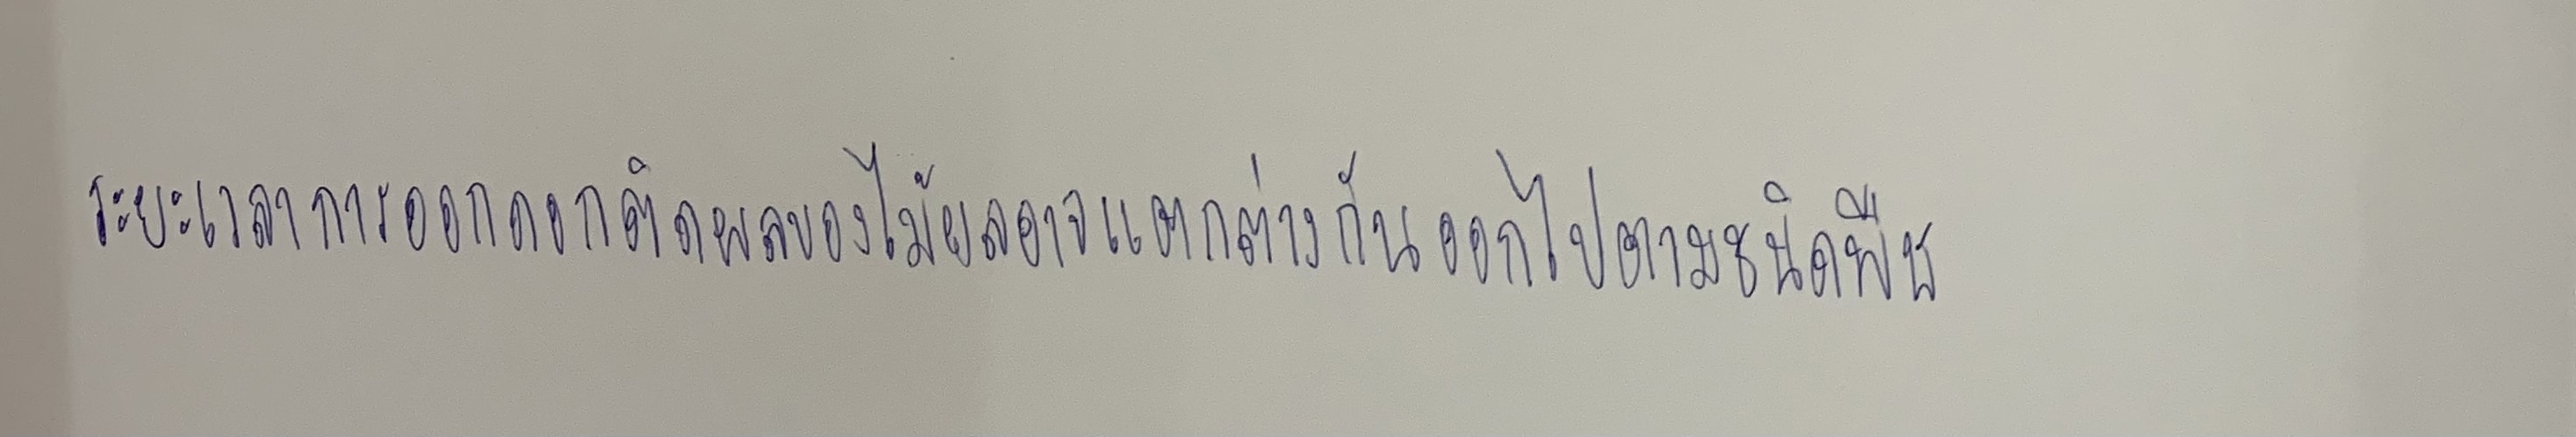
ระยะเวลาการออกดอกติดผลของไม้ผลอาจแตกต่างกันออกไปตามชนิดพืช